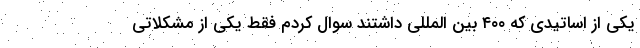
یکی از اساتیدی که ۴۰۰ بین المللی داشتند سوال کردم فقط یکی از مشکلاتی